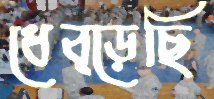
ধেব্‌ড়েছি